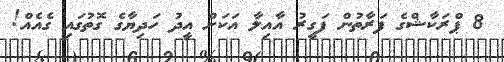
8 ޕްރަކާޝްގެ ފަރާތުން ފަގީރު އާއިލާ އަކަށް އީދު ހަދިޔާގެ ގޮތުގައި ގެއެއް!